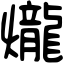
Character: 爖